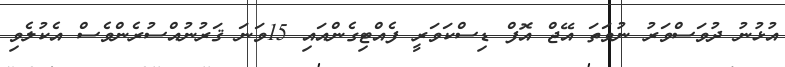
އުޅުނު ދުވަސްވަރު ނުވަތަ އޭޖް އޮފް ޑިސްކަވަރީ ފެއްޓިގެންއައި 15ވަނަ ޤަރުނުއްސުރެންވެސް އެކުލެވި